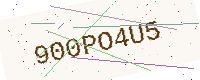
Text: 900PO4U5